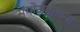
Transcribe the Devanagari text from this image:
संयोजकांच्या